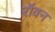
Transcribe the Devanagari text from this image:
रॉवन